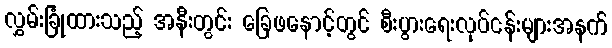
လွှမ်းခြုံထားသည့် အနီးတွင်း ခြေဖနောင့်တွင် စီးပွားရေးလုပ်ငန်းများအနက်